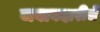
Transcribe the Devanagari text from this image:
जवाबदारीचे